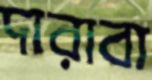
দারাবা